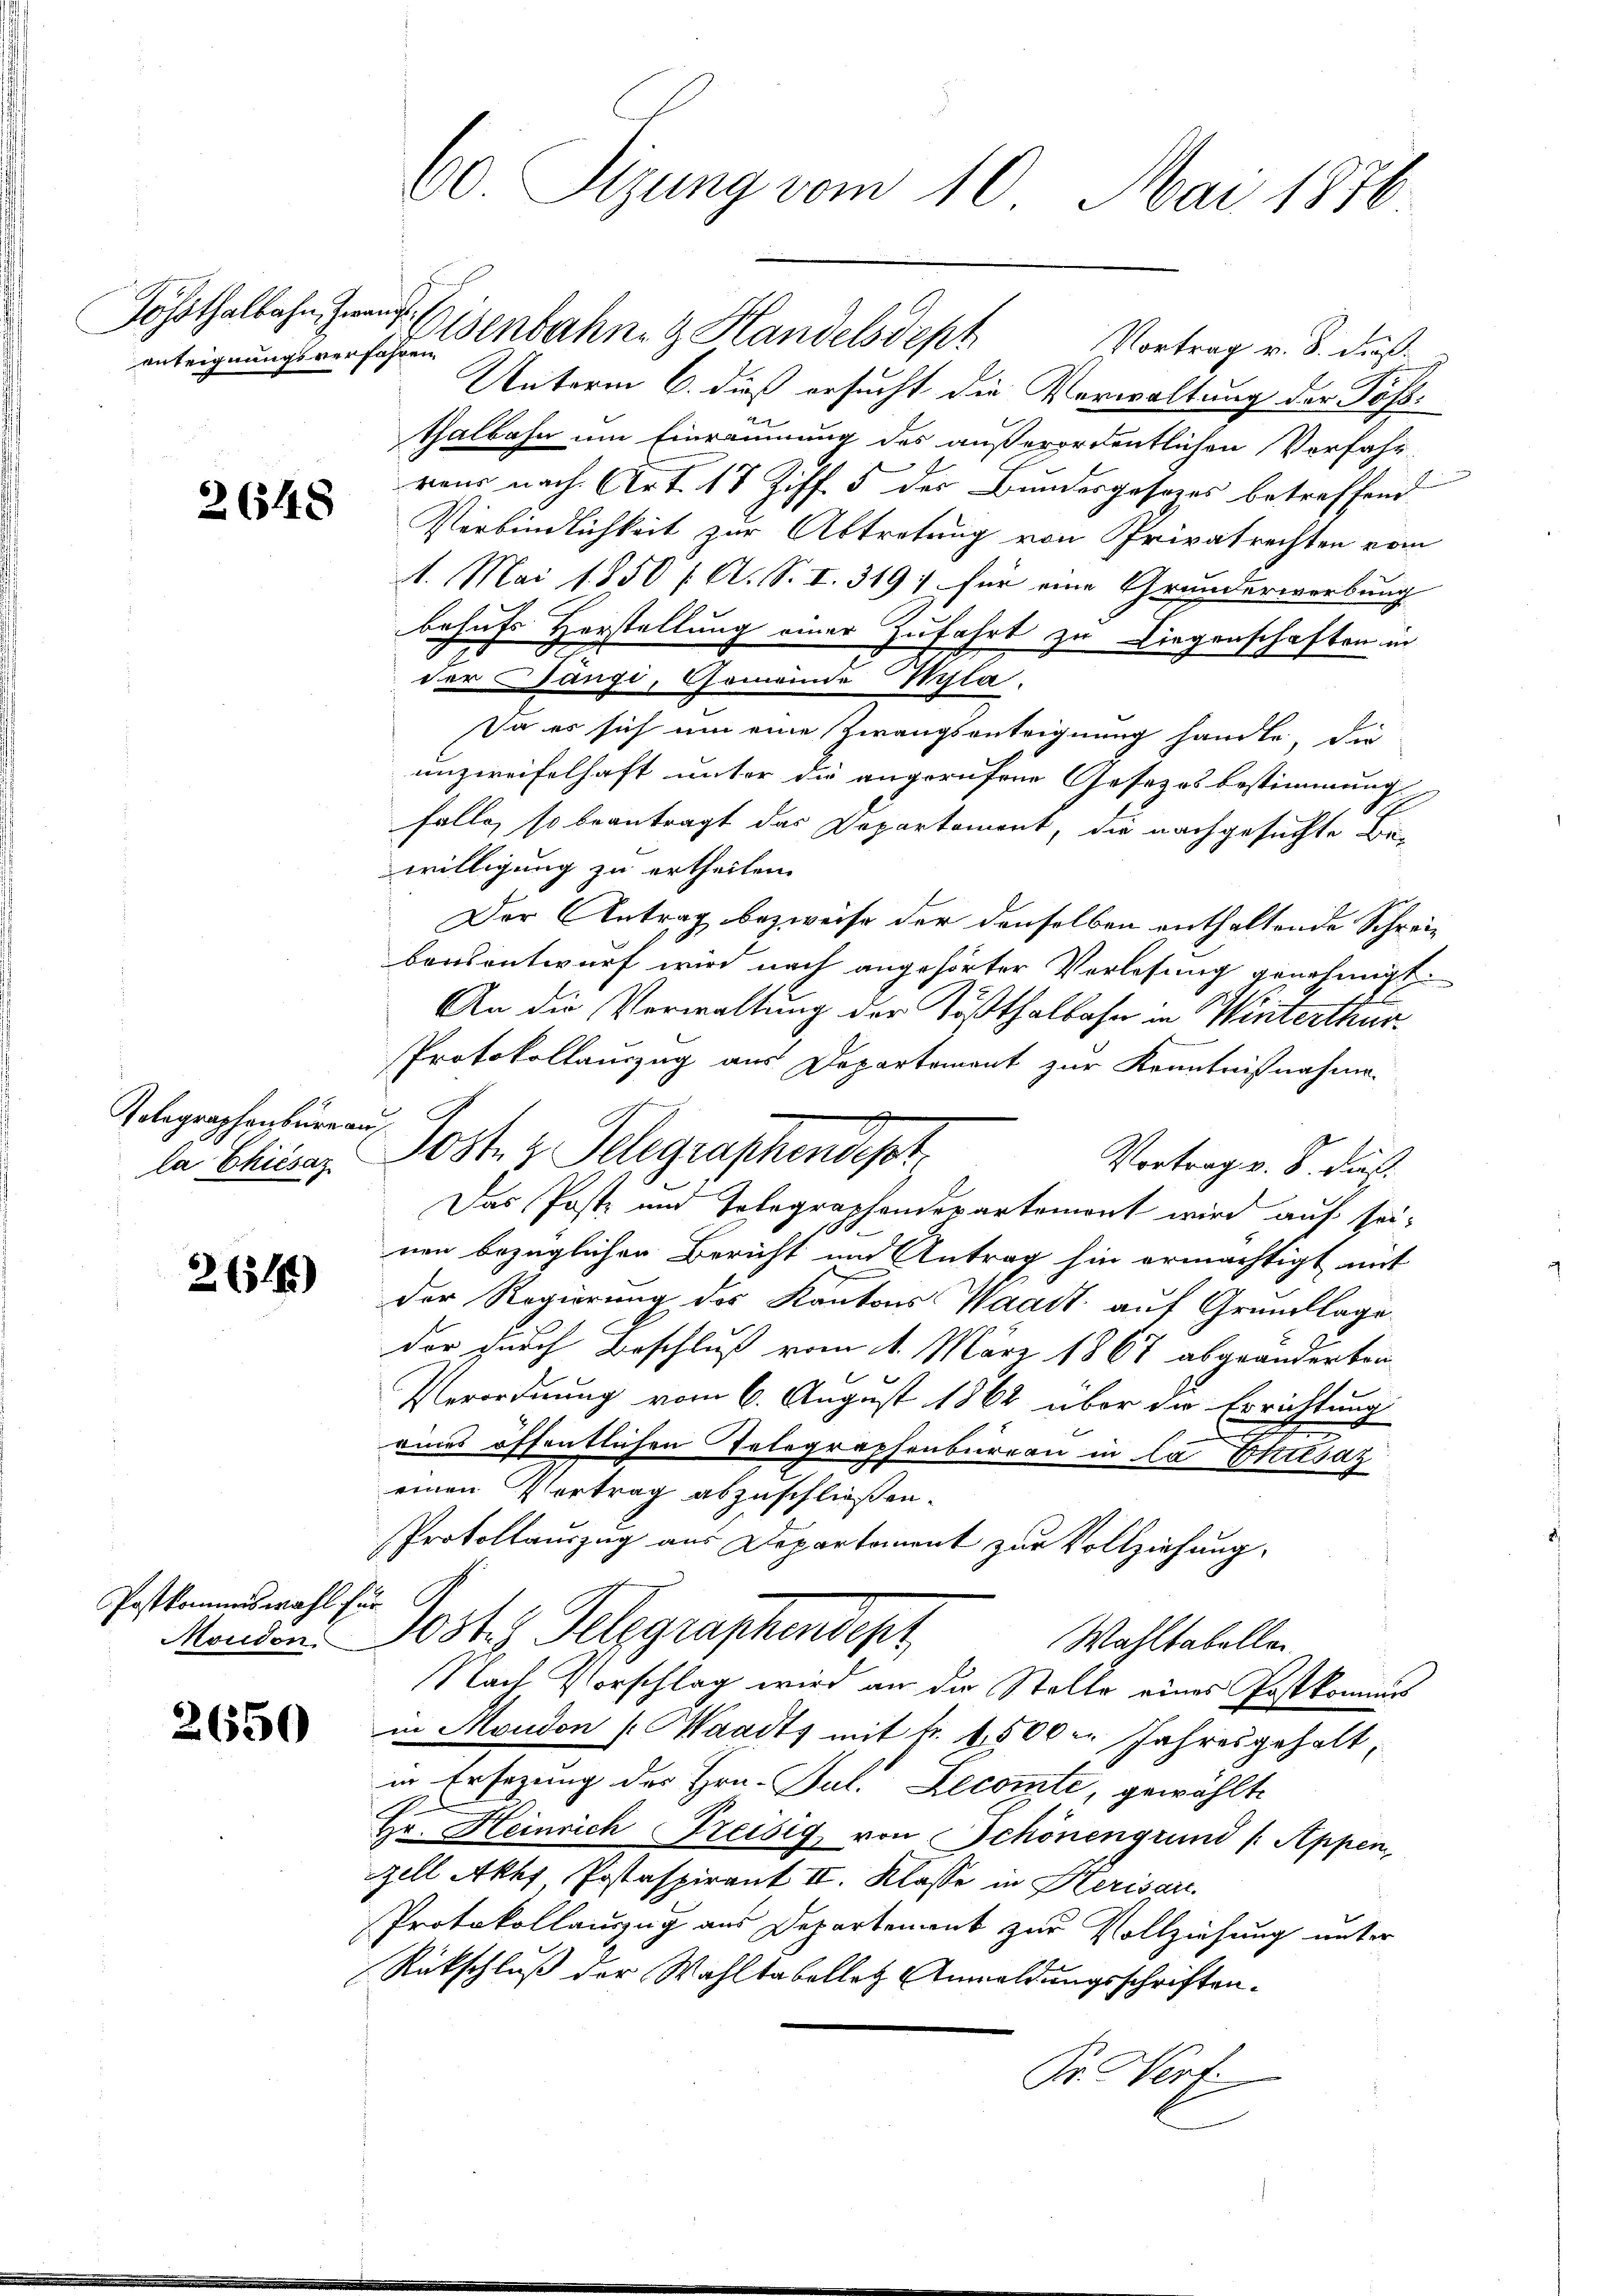
Lohsthalbahn, Zwangeenteignungsverfahren

26548

Tolographenburgau
la Chiesaz

2 (1191)

Postkommiswahl für G

2650

Eisenbahne & Handelsdept
Vortrag v. 8. dieß¬
Unterm 6. dieß ersucht die Verwaltung der Tößthalbahn um Einräumung des außerordentlichen Verfahr
rons nach Art. 17 Ziff. 5 der Bundesgesezes betreffend
Verbindlichkeit zur Abtretung von Privatrechten vom
1. Mai 1850 / A. S. I. 319 für eine Grunderwerbung
behufs Herstellung einer Zufahrt zu Liegenschaften in
der Bangi, Gemeinde Wyla.
Da es sich um eine Zwangsanteignung handle, die
unzweifelhaft unter die angerufene Gesetzes bestimmung
.
falle, so beantragt das Departement, die nachgesuchte Be-
willigung zu ertheilen.
Der Antrag bezweife der denselben enthaltende Schreibausentwurf wird nach angehörter Vorlesung genehmigt.
An die Verwaltung der Tößthalbahn in Winterthur
Protokollauszug aus Departement zur Kenntnißnahme
Jost z. Telegraphendept,
Vortrag v. 8. dies
Das Postz und Telegraphendepartemont wird auf seinen bezüglichen Bericht und Antrag hin ermächtigt mit
Der Regierung des Kantons Waadt auf Grundlage
der durch Beschluß vom 1. März 1867 abgeänderten
Verordnung vom 6. August 1862 über die Errichtung
e
C
eines öffentlichen Telegraphenbureau in la Triesaz
einen Vertrag abzuschließen.
Protollauszug aus Departement zur Vollziehung,
Monden. 1034. Telegraphendept
Wahltabellen
Nach Vorschlag wird an der Stelle eines Postkommis
in Moudon (Waadt mit Fr. 1500 Jahresgehalt,
in Ersezung des Hrn. Put. Decomte, gewählte
i
Hr. Heinrich Freisig von Schönengrund /: Appen
zell Akhs Postaspirant II. Klasse in Sterisau
Protokollauszug aus Departement zur Vollziehung unter
Rückschluß der Wahltabelletz Anmeldungsschriften.
Pr. Werf

60 Sizung vom 10. Mai 1876